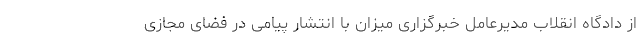
از دادگاه انقلاب مدیرعامل خبرگزاری میزان با انتشار پیامی در فضای مجازی